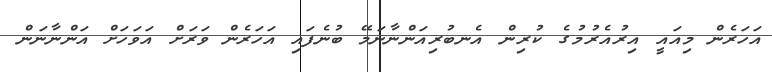
އަހަރެން މިއައީ އިރުއެރުމުގެ ކުރިން އެނބުރިއަންނާނަމޭ ބުނެފައި އަހަރެން ވަރަށް އަވަހަށް އަންނާނަން